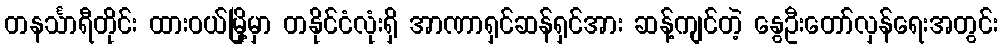
တနင်္သာရီတိုင်း ထားဝယ်မြို့မှာ တနိုင်ငံလုံးရှိ အာဏာရှင်ဆန်ရှင်အား ဆန့်ကျင်တဲ့ နွေဦးတော်လှန်ရေးအတွင်း